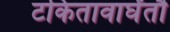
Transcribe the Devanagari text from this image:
टकितावार्घंतौ